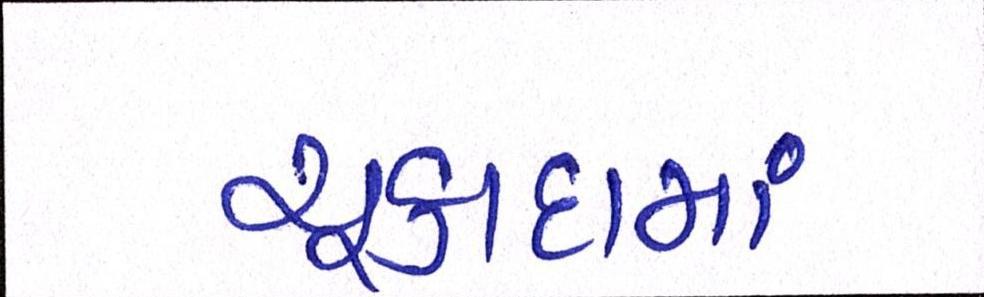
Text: ચૂકાદામાં